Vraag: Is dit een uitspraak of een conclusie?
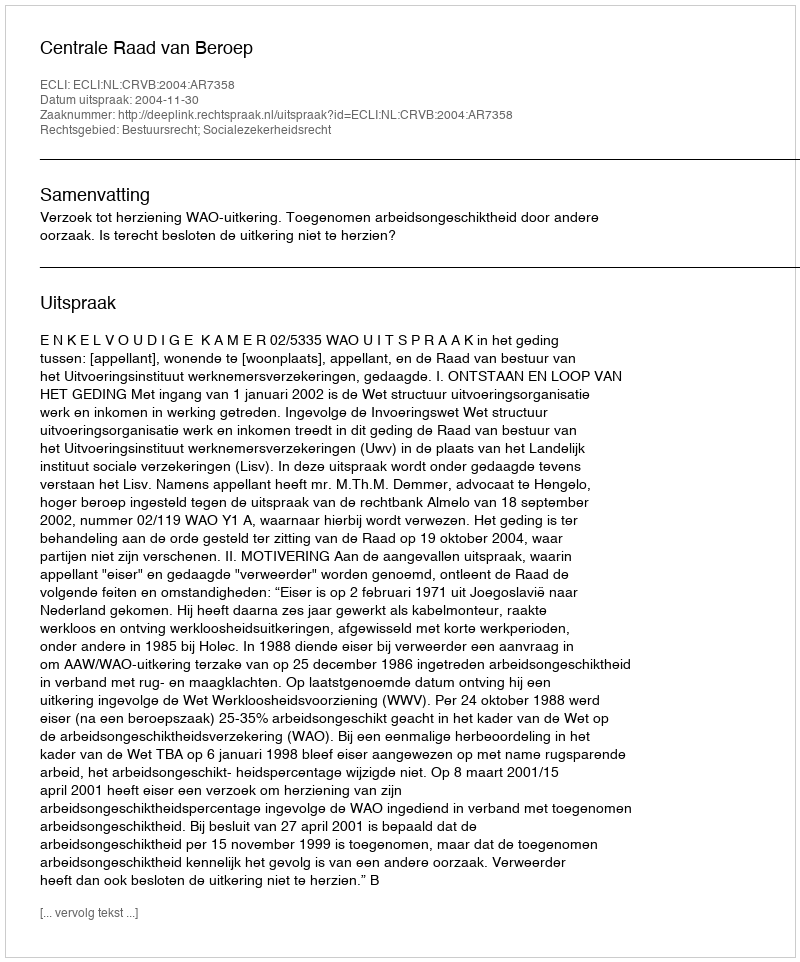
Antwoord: Uitspraak